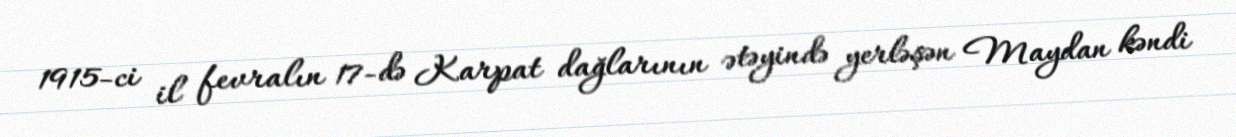
1915-ci il fevralın 17-də Karpat dağlarının ətəyində yerləşən Maydan kəndi